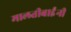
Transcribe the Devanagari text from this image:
मालतीबाईंनी